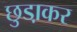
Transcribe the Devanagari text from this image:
छुडा़कर